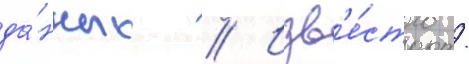
да́нных // Изв'е́стно /